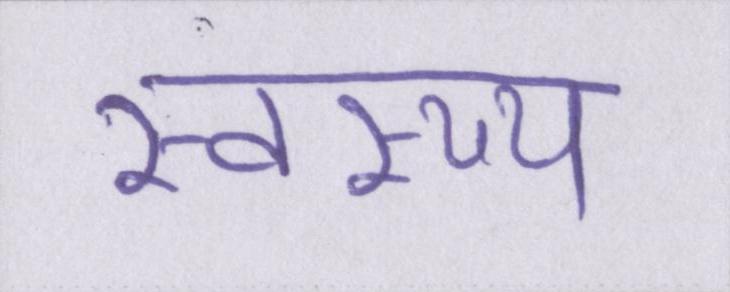
स्वस्थ्य